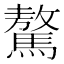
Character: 驁